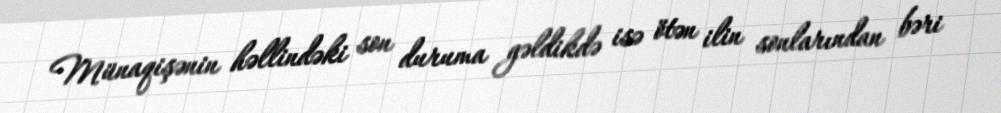
Münaqişənin həllindəki son duruma gəldikdə isə ötən ilin sonlarından bəri